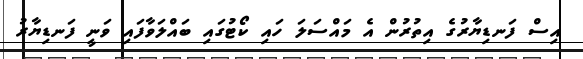
އިސް ފަނޑިޔާރުގެ އިތުރުން އެ މައްސަލަ ހައި ކޯޓުގައި ބައްލަވާފައި ވަނީ ފަނޑިޔާރު